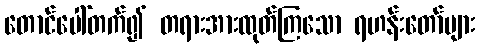
တောင်ပေါ်တက်၍ တရားအားထုတ်ကြသော ရဟန်းတော်များ